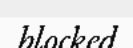
blocked